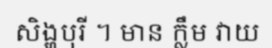
សិង្ហបុរី ។ មាន ក្លឹម វាយ